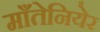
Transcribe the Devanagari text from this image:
माँतेनियेर